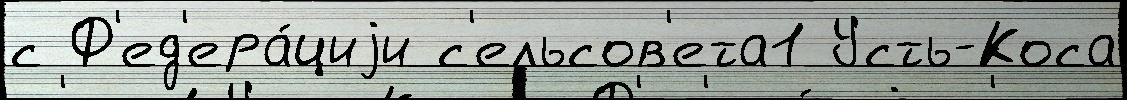
с Ф'ед'ера́циjи с'ельсов'ета1 Усть-Коса